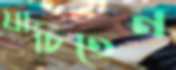
যাচিতেন